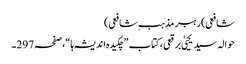
شافعی)رہبر مذہب ِشافعی)
حوالہ سید یحییٰ برقعی، کتاب ”چکیدہ اندیشہ ہا“،صفحہ297۔